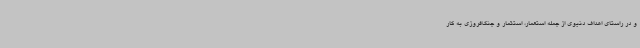
و در راستای اهداف دنیوی از جمله استعمار، استثمار و جنگ‌افروزی به کار